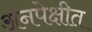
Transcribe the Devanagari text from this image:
अनपेक्षीत